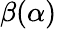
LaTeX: \beta(\alpha)